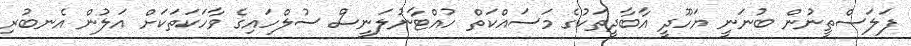
ފަލަސްތީނުން ބުނަނީ ޔަހޫދީ އާބާދީތަކުގެ މަސައްކަތް ހުއްޓާނުލަނީސް ސުލްހައިގެ ވާހަކަތަކަށް އަލުން އެނބުރި